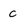
Character: c